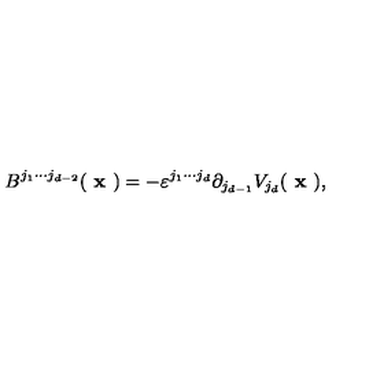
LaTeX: B ^ { j _ { 1 } \cdots j _ { d - 2 } } ( \textbf { x } ) = - \varepsilon ^ { j _ { 1 } \cdots j _ { d } } \partial _ { j _ { d - 1 } } V _ { j _ { d } } ( \textbf { x } ) ,